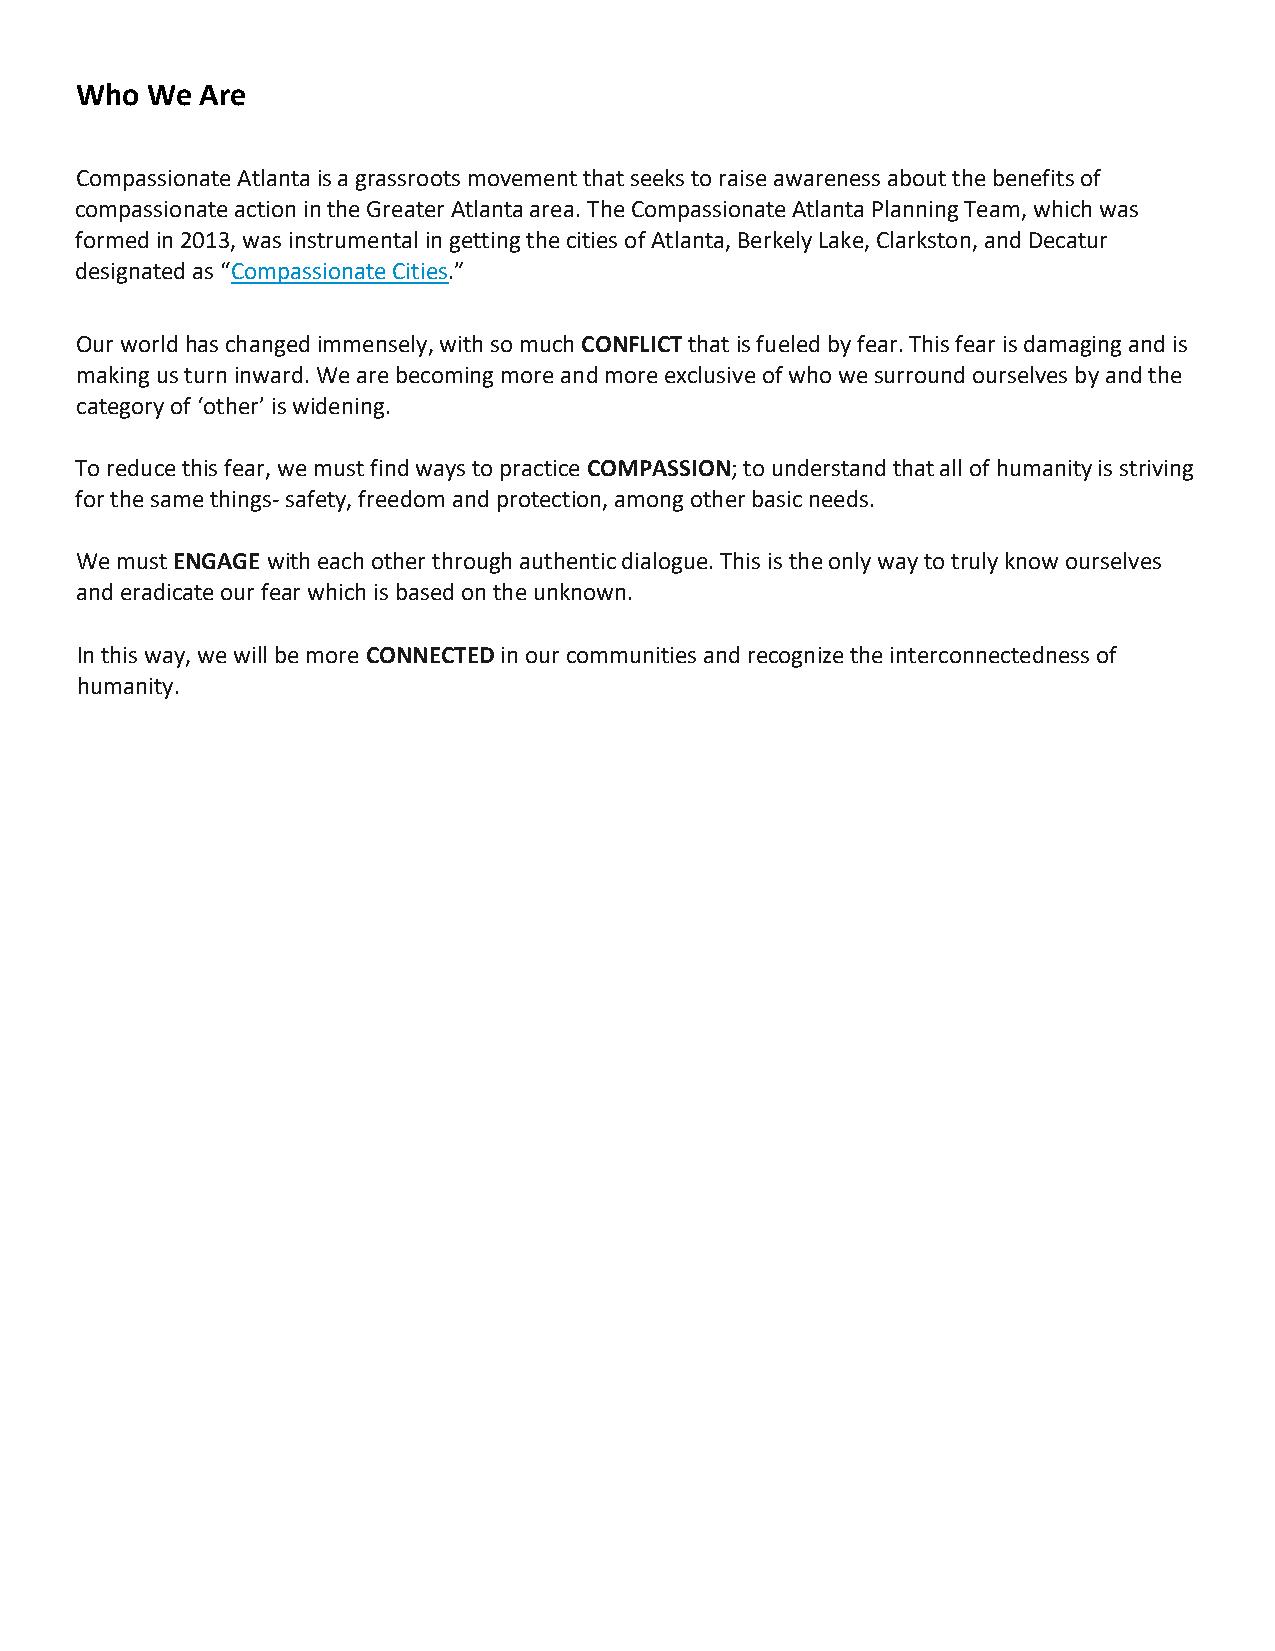
Who  We Are
 Compassionate Atlanta is a grassroots movement that seeks to raise awareness about the benefits of
 compassionate action in the Greater Atlanta area. The Compassionate Atlanta Planning Team, which was
 formed in 2013, was instrumental in getting the cities of Atlanta, Berkely Lake, Clarkston, and Decatur
 designated as “Compassionate Cities.”
 Our world has changed immensely, with so much CONFLICT that is fueled by fear. This fear is damaging and is
 making us turn inward. We are becoming more and more exclusive of who we surround ourselves by and the
 category of ‘other’ is widening.
 To reduce this fear, we must find ways to practice COMPASSION; to understand that all of humanity is striving
 for the same things- safety, freedom and protection, among other basic needs.
 We must ENGAGE with each other through authentic dialogue. This is the only way to truly know ourselves
 and eradicate our fear which is based on the unknown.
 In this way, we will be more CONNECTED in our communities and recognize the interconnectedness of
 humanity.